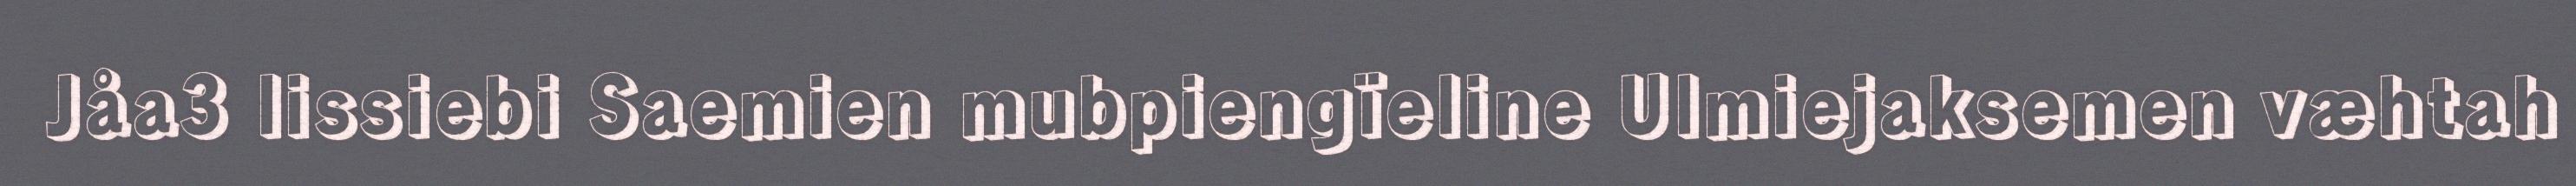
Jåa3 lissiebi Saemien mubpiengïeline Ulmiejaksemen væhtah